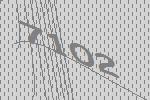
7102